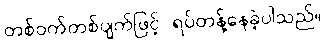
တစ်ဝက်တစ်ပျက်ဖြင့် ရပ်တန့်နေခဲ့ပါသည်။